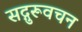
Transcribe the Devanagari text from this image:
सद्गुरूवचन